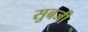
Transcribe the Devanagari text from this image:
सुबजी